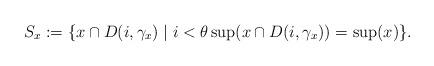
LaTeX: \begin{align*} S_x := \{x \cap D(i, \gamma_x) \mid i < \theta \sup(x \cap D(i, \gamma_x)) = \sup(x)\}. \end{align*}